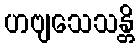
ဟဗျသေသန္တိ